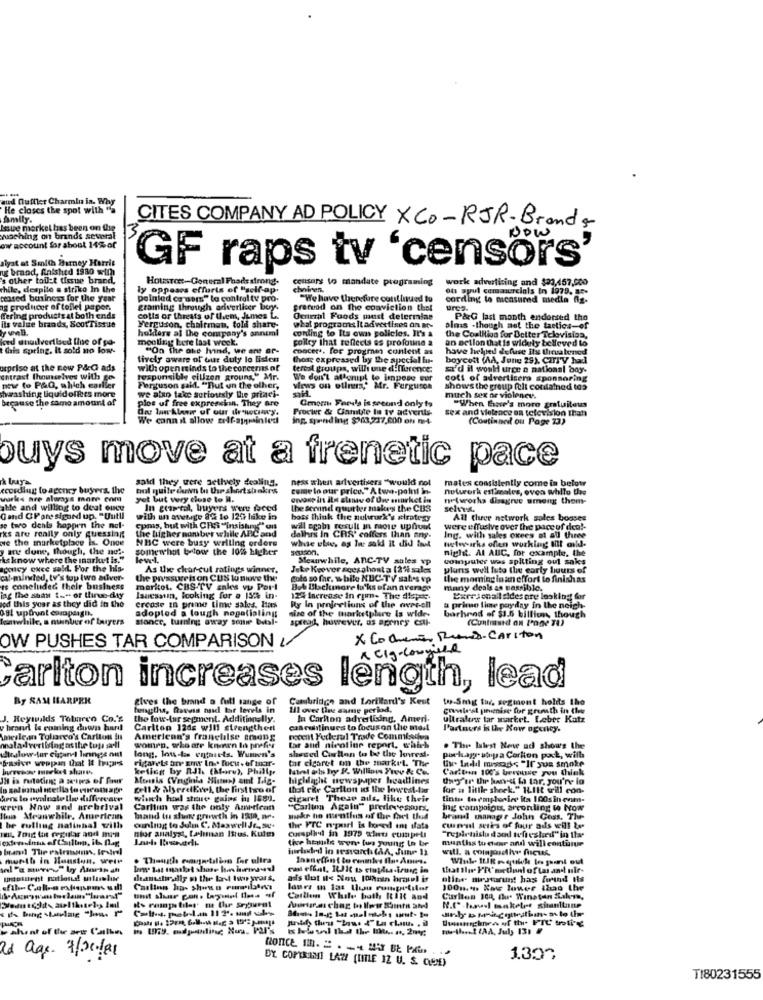
ud Muffler Charmin in. Wy
He closes the spot with "
Amily.
Isue merket hes been on the
CITES COMPANY AD POLICY XCO-RJR-Brands
woching on brands several
ow account for about 14% of
siyat at Smith Barney Harrit
brand, falshed 1980 wim
GF raps tv 'censors
's other toilet tissue brand,
HotTes :- General Fhads strong.
censors to mandate programing
work advertising and $23,457,000
chile, despite a strike In the
ly opposes efforts of "self-ap.
elviren.
of gyul commercials In 1979. 15-
teased business for the year
Deinled ce aars" to control ty pro-
"We have therefore continued to
cording to measured medla flg.
ag producer of toflet papen,
gramning through adverticer boy-
pracead on the conviction that
ures.
fering productsat both ends
Its value brands, SootTissue
colla or threats of them, Jumes L.
Omneral Foods must delermias
P&G last month endorsed tho
Ferguson, chairman, told share-
hoklers al the company's annuml
what programs It advertises on at-
conling to Its own policies. It's a
almas -though set the tactics-of
ked anailvertbed line of pa-
mooling bere last week.
poilcy that reflects es profound a
the Coalition for Better Television,
an action that is widely believed to
Kais spring, i sold no low-
"On the one hand, we ant or-
concer. for progmin content as
have helped defuse ils thieuaboned
tively aware of our duly lo listen
those expressed by the special lu-
boycott (AA, June 29). CITIV had
utprise at the new P&C ads
with open minds to the concerts of
tereal groups, willi une difference:
si'd il would urce a nations! bay.
entrast (howselves with go
new to P&Q, which earlier
responsible citizen groung," Mr.
We don't afforipl to impose eur
cott of advertisers sponsoring
Ferguson sallL. "But un the olher,
views on ollmrs," Mr. Ferguson
shows the group felt contained to3
washing liquid offers more
because the same amount of
we also take seriously the priaci-
plos uf free expresskin. They are
Cmore Forals is seeund only to
much sex or violence.
Ons lau Alemir of our dr*Nochw's.
Procter & Camtite In ty advertis-
sex and vieleace on television than
"When Love's more gratuiteus
We cannit allow self-aprinted
ing. spend ing $203,237,800 on me4-
(Coutinned ou Page 73)
buys move at a frenetic pace
said they were Jetively dealing.
ness when advertisers "would not
males consistently come in below
ecording to agency buyera, the
bul quile carivn tu Uhr shortshakes
come to our price." Atwo-point in-
netwerk estimales, ovea while the
works are always more com
yet but very close to I.
orvosp in its slamav of One onurket in
networks disagree among thom-
ate and willing to deal ouce
In gtartal, buyers were feed
the second quarter make's the CBS
selvrs.
Gand CPare sigund up. "Uutll
with un avenge 8% to 120 hike in
boss think the suburk's miratesy
All three network soles boases
se two denis happen the nel-
ks are really only guessing
the higher nomber while APC and
comas, but with CRS ""insistungs" on
will again result in more upfront
were effusive over the pace of dea !-
we the marketplace is. Onde
NBC were busy willing orders
delhrs in CRS' coffers than any-
white else, as twee saki it did fruit
Ing. with sales oxees at all three
Hele arks offen wurklang tilt mild-
yury dune, though, the net-
somewhat below the 10% higher
night. Al AUC, for example, the
ks know where the market is."
Meuwhile, AnC-TV anles vp
computer was spitting oul sales
agency exce sald. For the his-
As the char-cul ratings winner.
Jete Keever scesohouta [2% sales
plans well tuto the early hours of
cat-minded, tv's top two silver-
the pressurehon CUS to move the
Cola so far. while KUC-TV sates vp
the moming in an effort to finishas
is coneluded their business
markol. CBS-TV Enles vu Parl
Bet Blackmore lu'ks ofan average
mary deals se passible.
ing the shan t." or Iline-day
lod this your as they did in the
Isucssin, looking for a 15% in-
Crease In prime time sales, Htars
124 Increase in cio- The 41 ;.
Exrrionall sides are looking for
ost upbrunt campdagh.
adopted a lough nogalialing
nize of the marketplace Is wide-
Ry In profretions of the avereh
a prime time payday in the neigh-
lomwhile, a minder of buyers
stance, turning away some bital-
spread, however, us arenes call-
barhead of $1.5 billion, though
(Contraund on trone TU)
OW PUSHES TAR COMPARISON &
X Cocheras Ruiz-Carlton
Carlton increases length, lead
Ry SAM HARPRK
gives the brand a full sange of
Cambridge and Lorillard's Kent
to-Snig tar, segment holds the
Il over fire same period,
conlest prenise for grensth in thw
J. Reymilds Tobarco Co.'s
the low-tar segment. Additionally.
In Carlton adres Using. Ameri.
ultralow tar wartet. Feber Katz
y brand Is coming down hard
Carlton 12ds will strengthen
caaruntinues to focus on the mas
Partners is the Kow ogeney.
Amesle an Tolareo's Carlton In
Amerienn's franchise among
recent Federal Trade Commisden
natadvertbring as the tous sall
womrp, who are known In prefer
tar aud nicotine report, which
. The Walest Nene ad shows the
dieslow tar cigaret linings out
frasive weopan that It triprs
rigarett ar Enw In -. focus of mar-
long, lou-ts enfarets. Wumen's
tar cigaret on the market. The
sheced Carlton to be the knirest-
pockagrupa Carlton pock, with
kellog by RJl. (More), Philly
lateel als by R. Willinus Frev & Co.
tv. Ladd mscass "Ir yua smoke
Caribian 100's berouse you think
highlight newspaper headlines
Uney's the barra La tar, you're in
gell & MlyerelErel, the firsttro of
that rir Carlton us the lowest-lar
for a little sheek." ILIIt will con-
hers to evaluate the differvare
wisch hil steue gains in 1889.
cigare! These ails, like their
tintin toemplorice its 100sinevm-
wren Now and arebrival
Carlton was the only American
"Carlton Again" predev essurs.
ing campoigus, arconling to Now
louis Meanwhile, American
mand tu shay growth in 1308, nr.
sukr ho murntius of the het theid
brand manage John Coss, The
The rolling nalinhal will
nior analyst, tarman Itrus. Kuim
ounling to Sulm C. Maxwell Jr.se.
Comsplan in 1975 xlets competi
the FTC wpurl is bored om data
cumul series of four ads will be
tive heatile wens tus young In be
"repairhislu daod toft estied" in the
months tucher and will continue
will. a compassi ficus
month in Houston, Wetr
. Thausth causetalion for ultra
Inanefiant lo einbes Ila. Ans.
woottient nationd uslublue
ads dot Il< Nou 10mhnin brawl is
elite awsturun! has forand Is
Carling has shown rumboto:
1001.4. Ras Joner than the
Curlton 04, Chur Winston Salem,
N.f" haul monkelet shanitane
shunt of the art Carlin
DY COPYRIGHT LAW [TITLE IZ U. S. CLONE)
1.30℃
T180231555